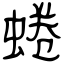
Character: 蜷